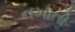
નખાતો